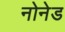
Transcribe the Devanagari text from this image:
नोनेड